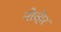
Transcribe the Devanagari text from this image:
नोव्हेर